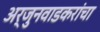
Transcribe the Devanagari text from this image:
अर्जुनवाडकरांचा